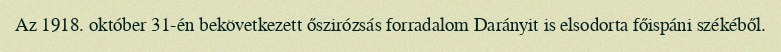
Az 1918. október 31-én bekövetkezett őszirózsás forradalom Darányit is elsodorta főispáni székéből.